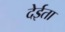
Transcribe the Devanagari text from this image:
देईता